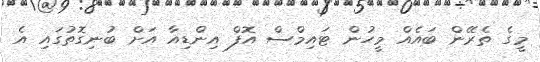
މީގެ ތެރޭން ބައެއް މީހުން ޓައިމްސް އޮފް އިންޑިއާ އަށް ބުނިގޮތުގައި އެ